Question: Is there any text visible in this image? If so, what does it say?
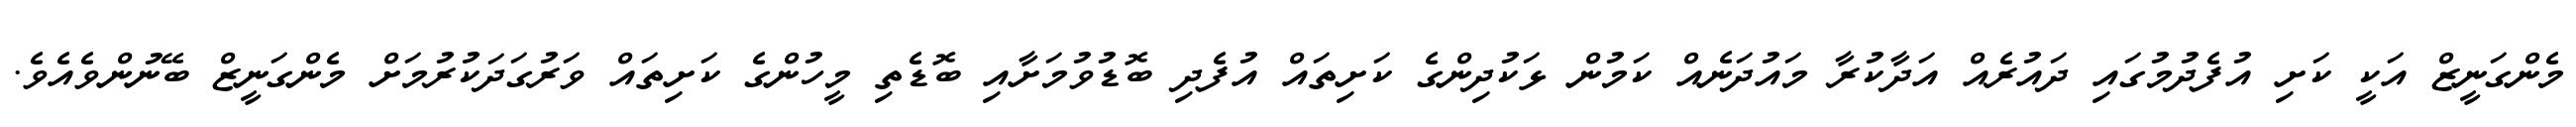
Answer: މެންގަނީޒް އަކީ ކަށި އުފެދުމުގައި ދައުރެއް އަދާކުރާ މައުދަނެއް ކަމުން ޅަކުދިންގެ ކަށިތައް އުފެދި ބޮޑުވުމަށާއި ބޮޑެތި މީހުންގެ ކަށިތައް ވަރުގަދަކުރުމަށް މެންގަނީޒް ބޭނުންވެއެވެ.